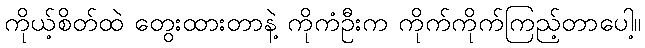
ကိုယ့်စိတ်ထဲ တွေးထားတာနဲ့ ကိုကံဦးက ကိုက်ကိုက်ကြည့်တာပေါ့။